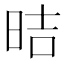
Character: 𪰙